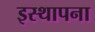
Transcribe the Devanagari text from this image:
इस्थापना